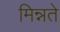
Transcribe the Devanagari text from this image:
मिन्नते